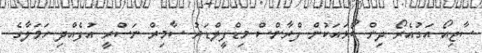
ސާޖިއޯ އަގުއެރޯ ދިން ބޯޅައަކުން ފްރާންސް މިޑްފީލްޑަރު ސާމިރް ނަސްރީ އުފެއްދި ހަމަލާގެ